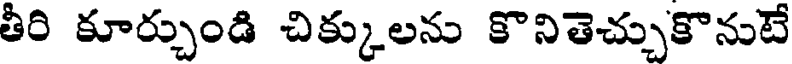
తీరి కూర్చుండి చిక్కులను కొనితెచ్చుకొనుటే